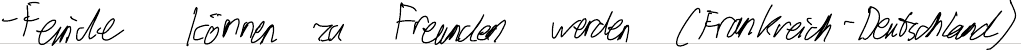
- Feinde können zu Freunden werden (Frankreich - Deutschland)